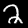
Digit: 2